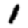
Digit: 1